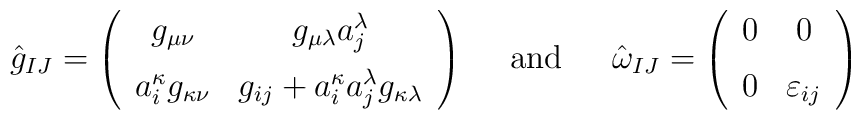
\begin{array}{ccc}\hat{g}_{IJ}=\left(\begin{array}{cc} g_{\mu\nu} & g_{\mu\lambda} a_j^\lambda \\[2mm] a_i^\kappa g_{\kappa\nu} & g_{ij}+a_i^\kappa a_j^\lambda g_{\kappa\lambda}\end{array}\right)&\ \  \mbox{and} \ \ &\hat\omega_{IJ}=\left(\begin{array}{cc} 0 & 0 \\[2mm] 0 & \varepsilon_{ij}\end{array}\right)\end{array}